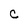
Character: c